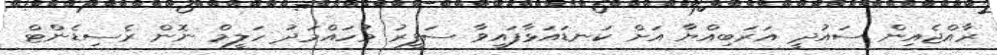
ރާއްޖެއިން ސައުދީ އަރަބިއްޔާ އަށް ކަނޑައަޅާފައިވާ ސަފީރު މުހައްމަދު ހަލީމް ނޮން ރެސިޑެންޓް